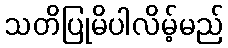
သတိပြုမိပါလိမ့်မည်